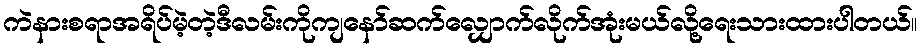
ကဲနားစရာအရိပ်မဲ့တဲ့ဒီလမ်းကိုကျနော်ဆက်လျှောက်လိုက်အုံးမယ်လို့ရေးသားထားပါတယ်။